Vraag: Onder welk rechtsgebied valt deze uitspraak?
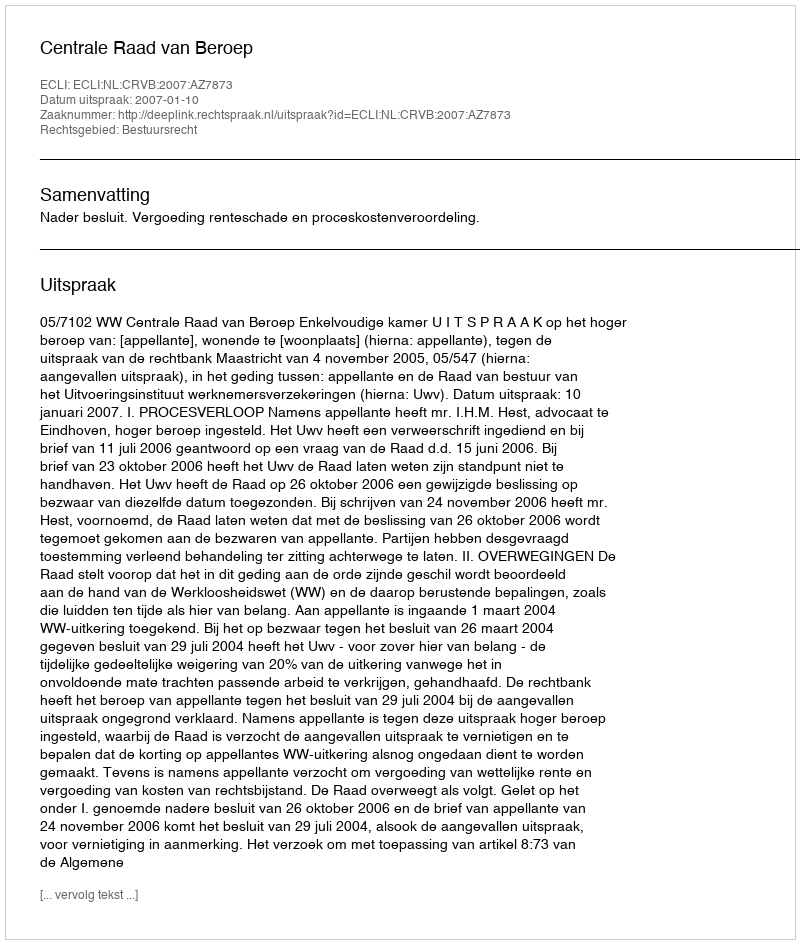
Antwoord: Bestuursrecht